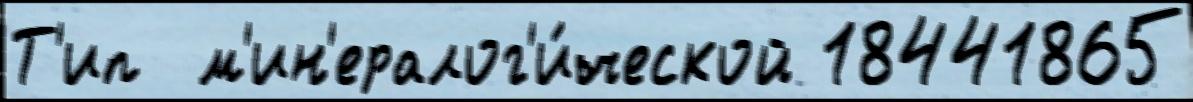
Т'ип  м'ин'ералог'и́ческой 18441865